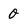
Character: 0